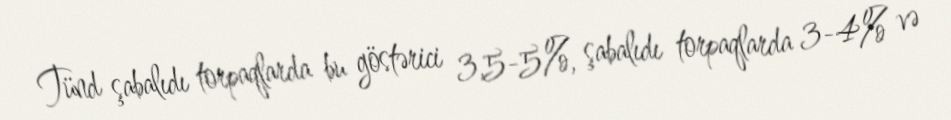
Tünd şabalıdı torpaqlarda bu göstərici 3,5-5%, şabalıdı torpaqlarda 3-4% və